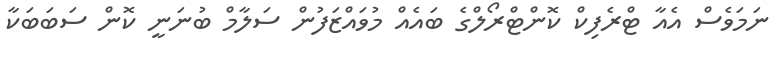
ނަމަވެސް އެއާ ޓްރެފިކް ކޮންޓްރޯލްގެ ބައެއް މުވައްޒަފުން ސަލާމް ބުނަނީ ކޮން ސަބަބަކާ